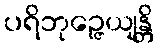
ပရိဘုဉ္ဇေယျန္တိ